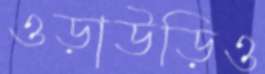
ওড়াউড়িও